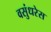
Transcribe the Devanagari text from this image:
वसुंधरेस